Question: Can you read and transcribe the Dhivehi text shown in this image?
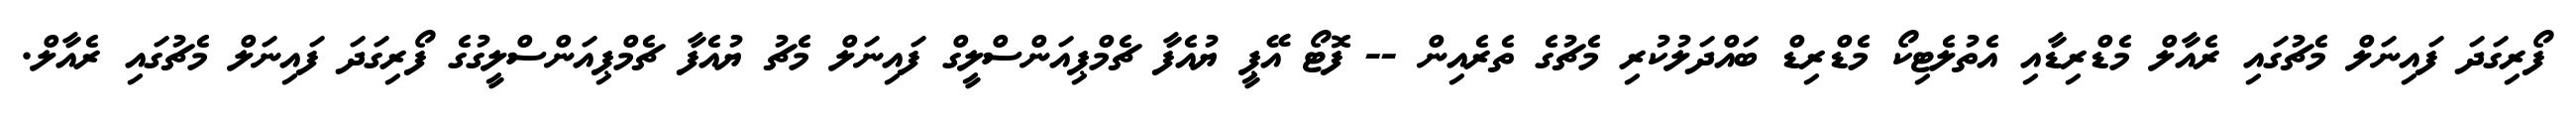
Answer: ފޯރިގަދަ ފައިނަލް މެޗުގައި ރެއާލް މެޑްރިޑާއި އެތުލެޓިކޯ މެޑްރިޑް ބައްދަލުކުރި މެޗުގެ ތެރެއިން -- ފޮޓޯ އޭޕީ ޔުއެފާ ޗެމްޕިއަންސްލީގް ފައިނަލް މެޗު ޔުއެފާ ޗެމްޕިއަންސްލީގުގެ ފޯރިގަދަ ފައިނަލް މެޗުގައި ރެއާލް.